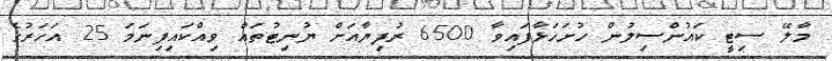
މާލޭ ސިޓީ ކައުންސިލުން ހުށަހަޅާފައިވާ 6500 ރުފިޔާއަށް ޔުނިޓުތައް ވިއްކައިފިނަމަ 25 އަހަރުގެ